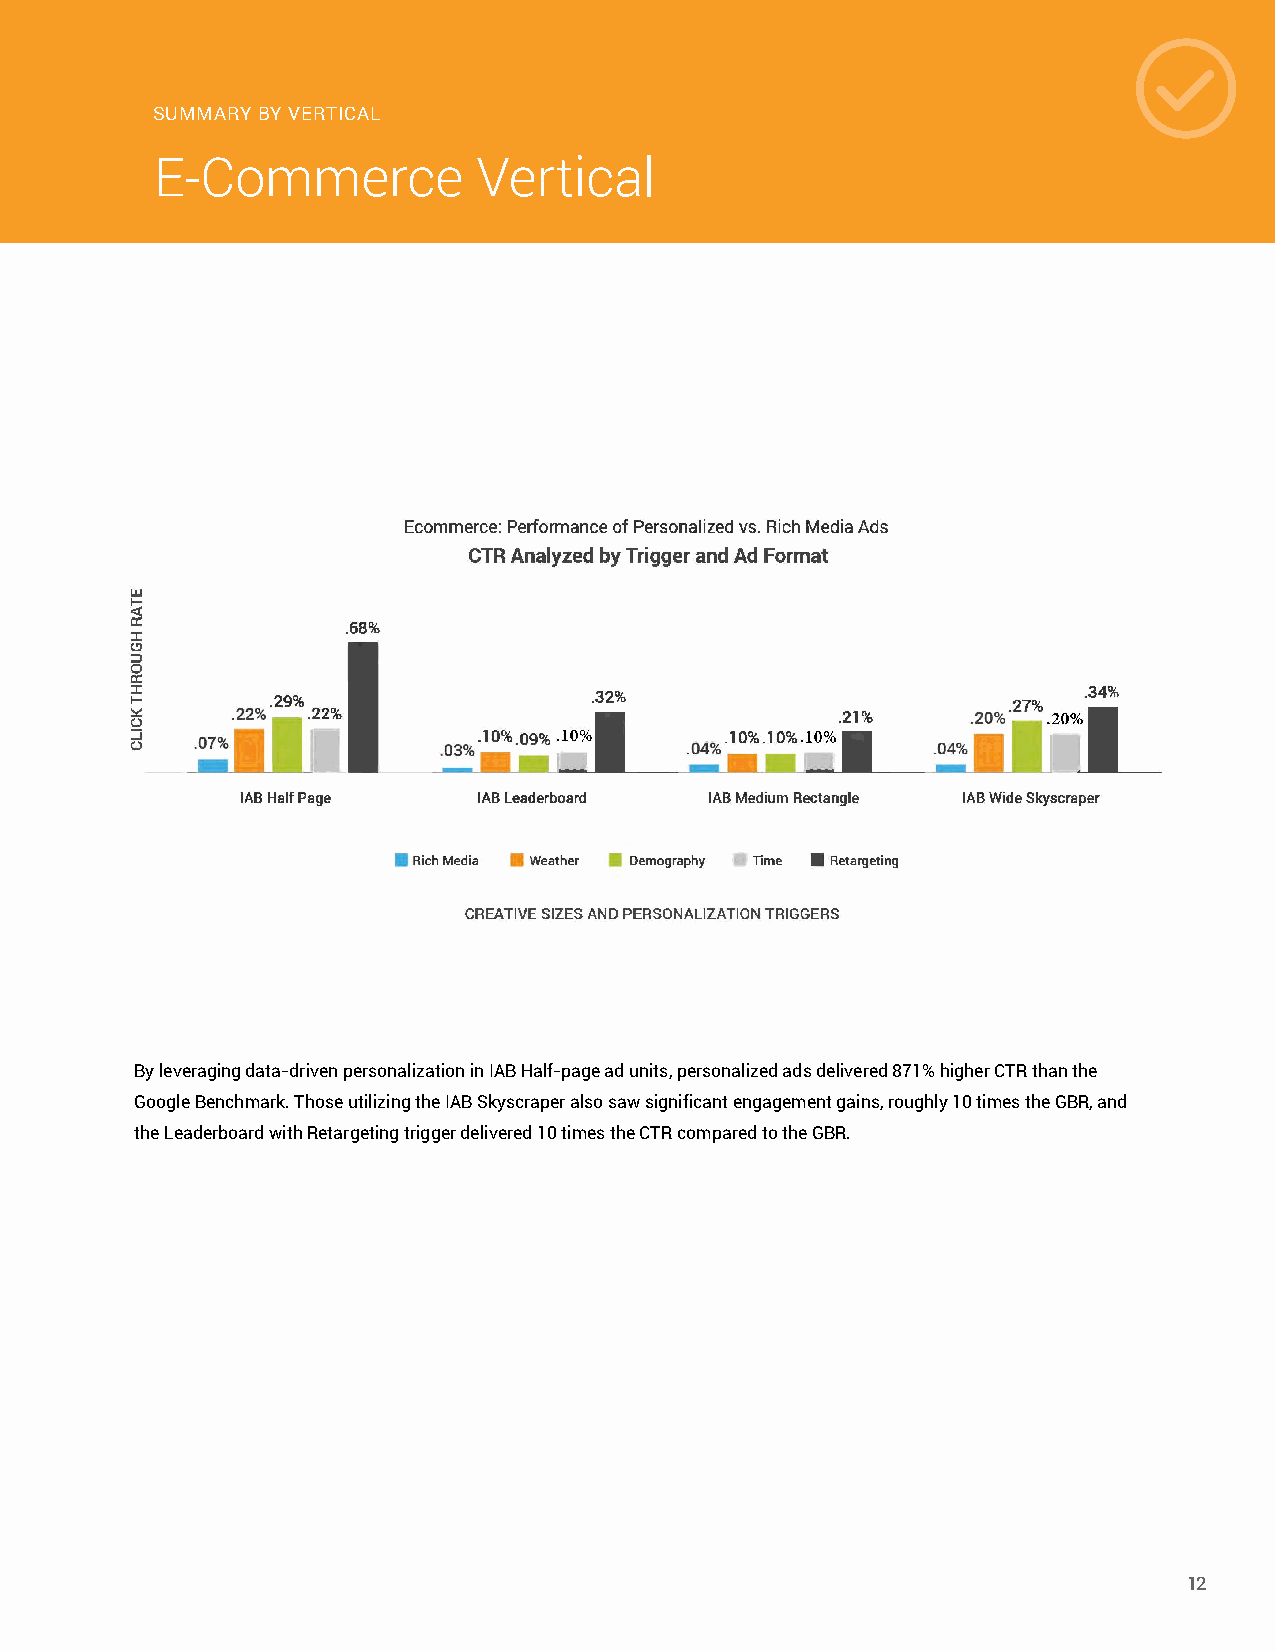
SUMMARY BY VERTICAL
 E-Commerce            Vertical
 By leveraging data-driven personalization in IAB Half-page ad units, personalized ads delivered 871% higher CTR than the
 Google Benchmark. Those utilizing the IAB Skyscraper also saw significant engagement gains, roughly 10 times the GBR, and
 the Leaderboard with Retargeting trigger delivered 10 times the CTR compared to the GBR.
 12